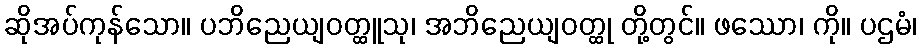
ဆိုအပ်ကုန်သော။ ပဘိညေယျဝတ္ထူသု၊ အဘိညေယျဝတ္ထု တို့တွင်။ ဖဿော၊ ကို။ ပဌမံ၊